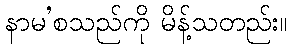
နာမ’စသည်ကို မိန့်သတည်း။